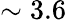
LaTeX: \sim 3.6